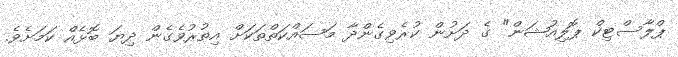
ޕްލާސްޓިކް ޕޮލިއުޝަން" ގެ ދަށުން ކުރެވިގެންދާ މަސައްކަތްތަކަށް އިތުރުވެގެން ދިޔަ ބޮޅެއް ކަމަށެވެ.